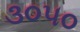
૩૦૫૦